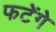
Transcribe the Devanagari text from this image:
फटेंगे